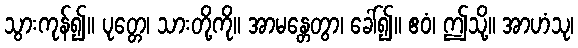
သွားကုန်၍။ ပုတ္တေ၊ သားတို့ကို။ အာမန္တေတွာ၊ ခေါ်၍။ ဧဝံ၊ ဤသို့။ အာဟံသု၊